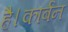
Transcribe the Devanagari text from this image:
है।कार्बन